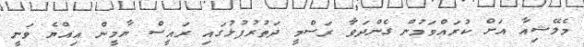
މެލޭޝިއާ އަށް ކުރައްވަމުން ގެންދަވާ ރަސްމީ ދަތުރުފުޅުގައި ރައީސް ޔާމީން އިއްޔެ ވަނީ